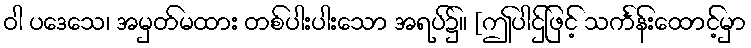
ဝါ ပဒေသေ၊ အမှတ်မထား တစ်ပါးပါးသော အရပ်၌။ [ဤပါဌ်ဖြင့် သင်္ကန်းထောင့်မှာ